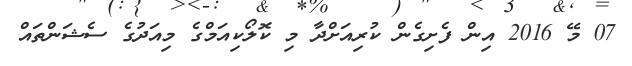
07 މޭ 2016 އިން ފެށިގެން ކުރިއަށްދާ މި ކޮލޯކިއަމްގެ މިއަދުގެ ސެޝަންތައް